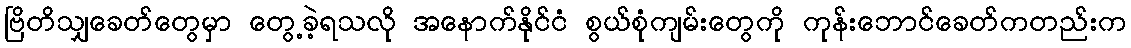
ဗြိတိသျှခေတ်တွေမှာ တွေ့ခဲ့ရသလို အနောက်နိုင်ငံ စွယ်စုံကျမ်းတွေကို ကုန်းဘောင်ခေတ်ကတည်းက